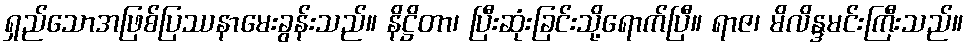
ရှည်သောအဖြစ်ပြဿနာမေးခွန်းသည်။ နိဋ္ဌိတာ၊ ပြီးဆုံးခြင်းသို့ရောက်ပြီ။ ရာဇ၊ မိလိန္ဒမင်းကြီးသည်။